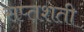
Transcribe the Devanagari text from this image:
सप्‍तशती